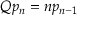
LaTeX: Q p _ { n } = n p _ { n - 1 }